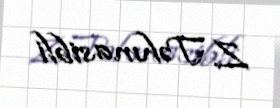
Z. Təhmasibli